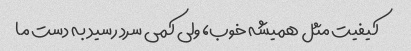
کیفیت مثل همیشه خوب، ولی کمی سرد رسید به دست ما